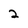
Character: 2